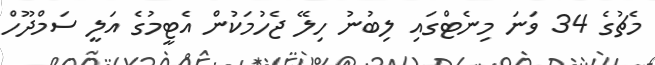
މެޗުގެ 34 ވަނަ މިނެޓްގައި ލިބުނު ހިލޭ ޖެހުމަކުން އެޓީމުގެ އަލީ ސަމްދޫހް